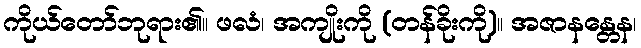
ကိုယ်တော်ဘုရား၏။ ဖလံ၊ အကျိုးကို (တန်ခိုးကို)။ အဇာနန္တေန၊